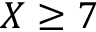
X \geq 7